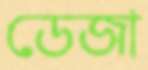
ডেজা